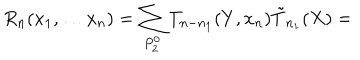
R _ { n } ( x _ { 1 } , \ldots x _ { n } ) = \sum _ { P _ { 2 } ^ { 0 } } T _ { n - n _ { 1 } } ( Y , x _ { n } ) \tilde { T } _ { n _ { 1 } } ( X ) =